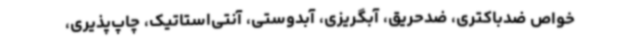
خواص ضدباکتری، ضدحریق، آبگریزی، آبدوستی، آنتی‌استاتیک، چاپ‌پذیری،